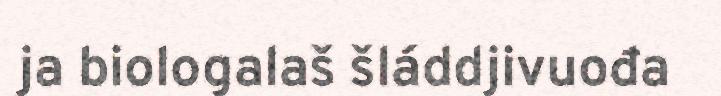
ja biologalaš šláddjivuođa